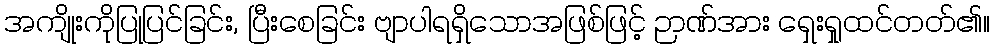
အကျိုးကိုပြုပြင်ခြင်း, ပြီးစေခြင်း ဗျာပါရရှိသောအဖြစ်ဖြင့် ဉာဏ်အား ရှေးရှုထင်တတ်၏။